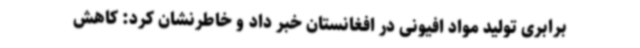
برابری تولید مواد افیونی در افغانستان خبر داد و خاطرنشان کرد: کاهش